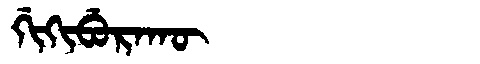
Manchu: ᡤᡳᡴᡳᠪᡠᡵᠠᡴᡡ
Romanization: GIKIBURAKŪ